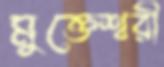
মুক্তেশ্বরী